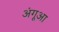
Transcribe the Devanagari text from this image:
अंगूआ